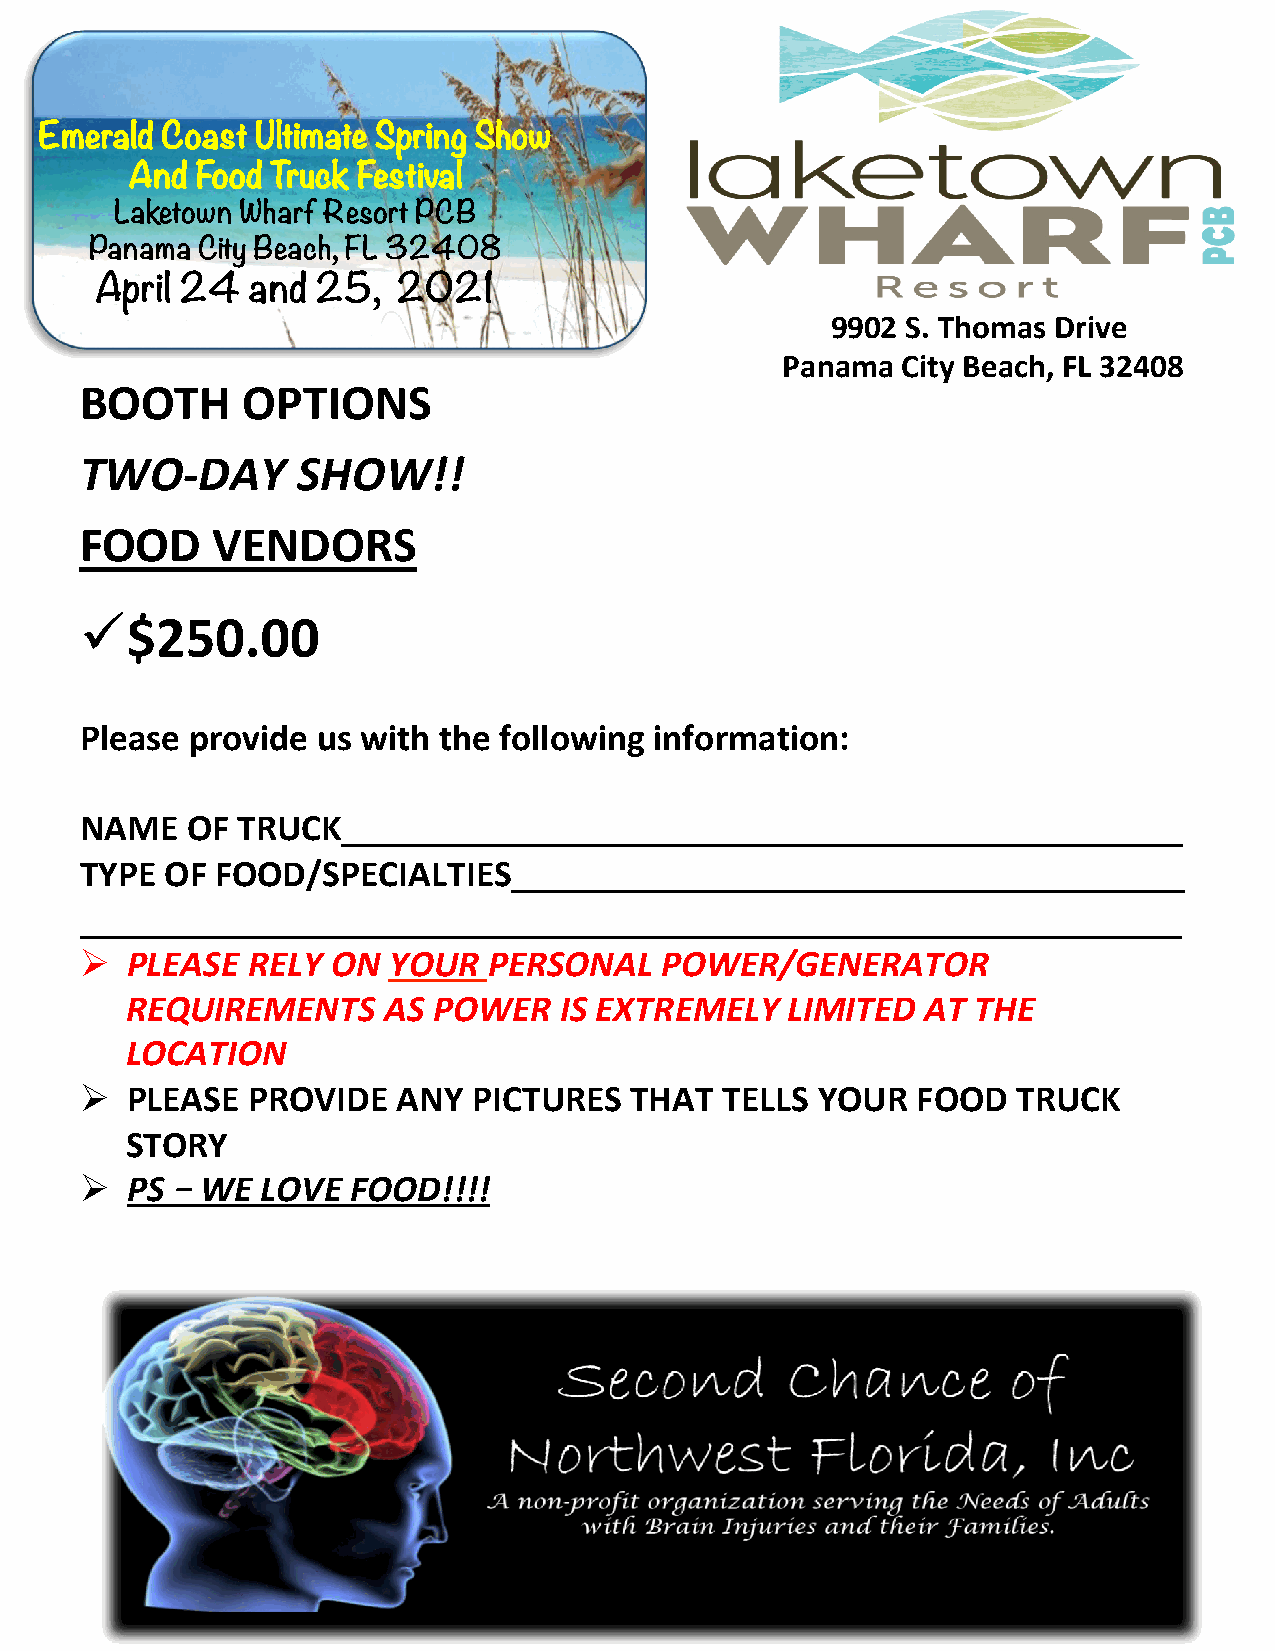
EmEeErmmaeledrra aCllddo CaCsooata sUst lttS iSpmrpainrtigen BgS apBzraainazrga aSrhow
 Panama City Mall
 AnPda Fnoaomd aT rCuictyk MFeasltlival
 March 3-5, 2017
 LakMetoawrnc hW 3ha-r5f R, 2es0or1t7 PCB
 Panama City Beach, FL 32408
 April 24   and 25,  2021
 9902 S. Thomas Drive
 Panama  City Beach, FL 32408
 BOOTH      OPTIONS
 TWO-DAY        SHOW!!
 FOOD     VENDORS
 ü  $250.00
 Please provide  us with the following information:
 NAME   OF  TRUCK_____________________________________________
 TYPE  OF FOOD/SPECIALTIES____________________________________
 ___________________________________________________________
 Ø  PLEASE  RELY  ON  YOUR  PERSONAL    POWER/GENERATOR
 REQUIREMENTS     AS  POWER   IS EXTREMELY   LIMITED  AT  THE
 LOCATION
 Ø  PLEASE  PROVIDE   ANY  PICTURES   THAT  TELLS YOUR   FOOD  TRUCK
 STORY
 Ø  PS – WE  LOVE  FOOD!!!!